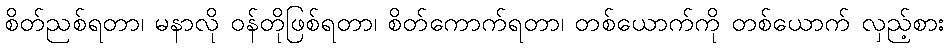
စိတ်ညစ်ရတာ၊ မနာလို ဝန်တိုဖြစ်ရတာ၊ စိတ်ကောက်ရတာ၊ တစ်ယောက်ကို တစ်ယောက် လှည့်စား